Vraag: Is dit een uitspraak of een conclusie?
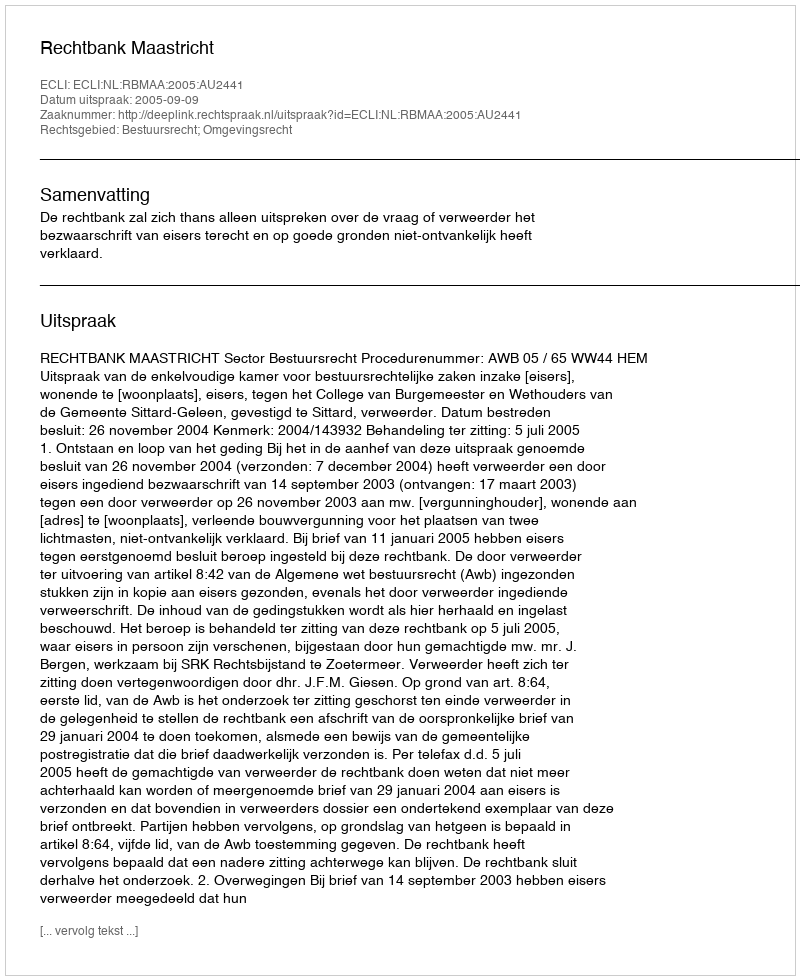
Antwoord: Uitspraak